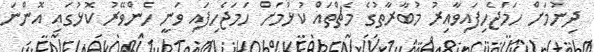
ދިނުމަށް ހަމަޖެހިފައިވާއިރު މުބާރާތުގެ މެޗްތައް ކުޅުމަށް ހަމަޖެހިފައި ވަނީ ހެންވޭރު ކޮޅުގައި އޮންނަ